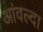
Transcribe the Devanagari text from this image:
आंवल्दा